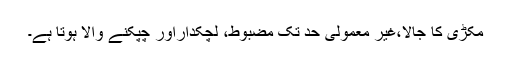
مکڑی کا جالا،غیر معمولی حد تک مضبوط، لچکداراور چپکنے والا ہوتا ہے۔